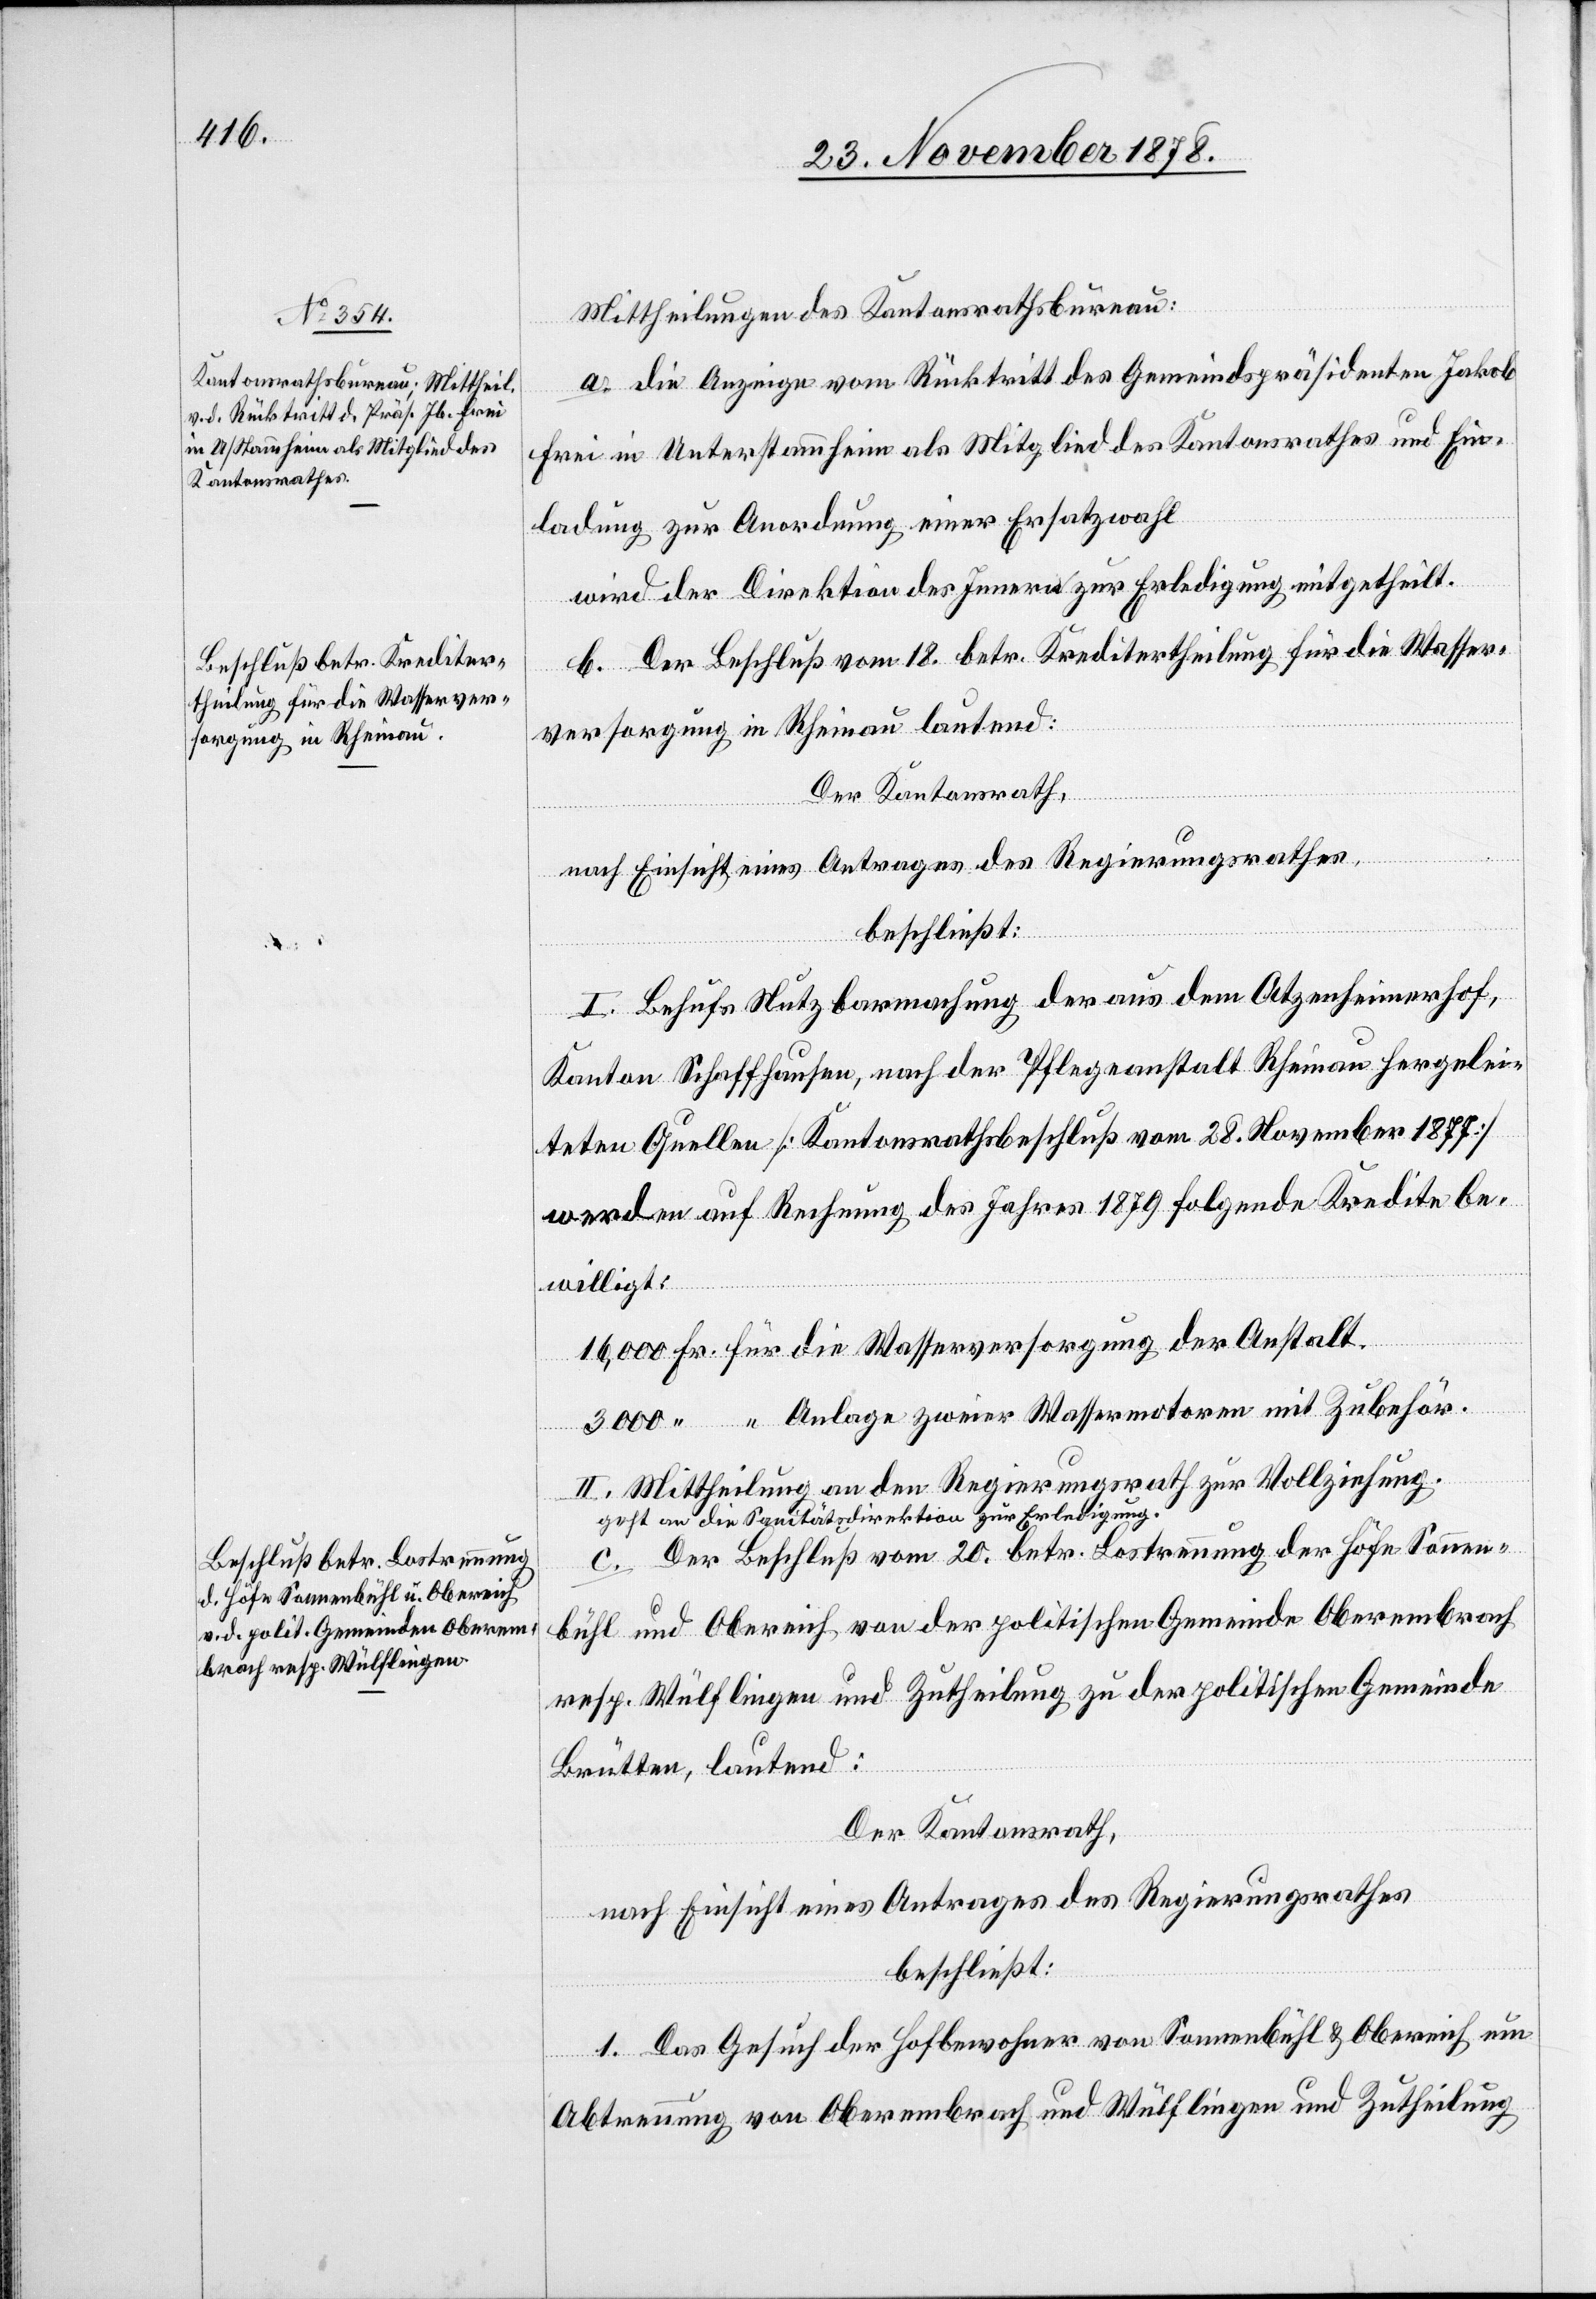
Mittheilungen des Kantonsrathsbureau:
a. Die Anzeige vom Rücktritt des Gemeindspräsidenten Jakob
Frei in Unterstammheim als Mitglied des Kantonsrathes und Ein¬
ladung zur Anordnung einer Ersatzwahl
wird der Direktion des Innern zur Erledigung eingetheilt.
b. Der Beschluß vom 18. betr. Kreditertheilung für die Wasser¬
versorgung in Rheinau lautend:
Der Kantonsrath,
nach Einsicht eines Antrages des Regierungsrathes,
beschließt:
I. Behufs Nutzbarmachung der aus dem Atzenheimerhof,
Kanton Schaffhausen, nach der Pflegeanstalt Rheinau hergelei¬
teten Quellen [Kantonsrathsbeschluß vom 28. November 1877]
werden auf Rechnung des Jahres 1879 folgende Kredite be¬
willigt:
16,000 Fr. für die Wasserversorgung der Anstalt.
3000 “ “ Anlage zweier Wassermotoren mit Zubehör.
II. Mittheilung an den Regierungsrath zur Vollziehung.
a-geht an die Sanitätsdirektion zur Erledigung.-a
c. Der Beschluß vom 20. betr. Besteuerung der Höfe Sonnen¬
bühl und Obereich von der politischen Gemeinde Oberembrach
resp. Wülflingen und Zutheilung zu der politischen Gemeinde
Brütten, lautend:
Der Kantonsrath,
nach Einsicht eines Antrages des Regierungsrathes
beschließt:
1. Das Gesuch der Hofbewohner von Sonnenbühl & Obereich um
Abtrennung von Oberembrach und Wülflingen und Zutheilung